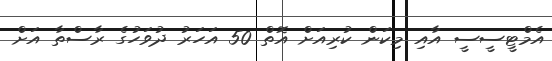
އެމްޓީސީސީ އާއި މިކަން ކުރިއަށް އޮތް 50 އަހަރު ދުވަހުގެ ރާސްތާ އަށް